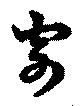
寄